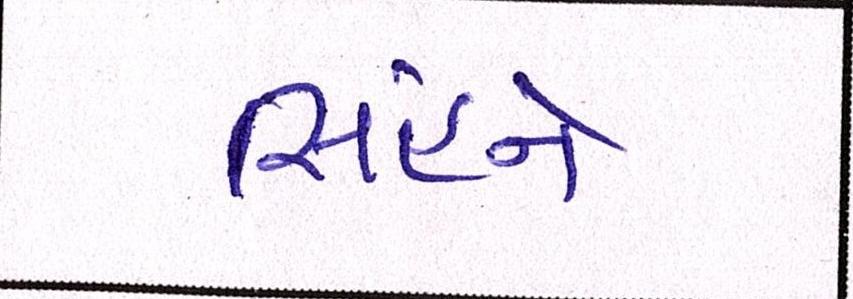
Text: સિંહને